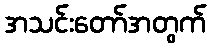
အသင်းတော်အတွက်